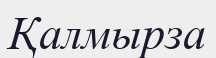
Қалмырза